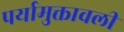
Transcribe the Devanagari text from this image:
पर्यामुक्तावली